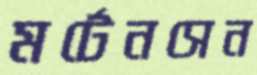
মর্টেনসেন